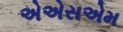
એએસએમ